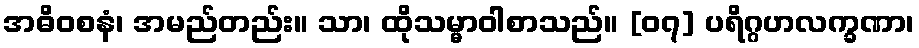
အဓိဝစနံ၊ အမည်တည်း။ သာ၊ ထိုသမ္မာဝါစာသည်။ [၀၇] ပရိဂ္ဂဟလက္ခဏာ၊